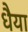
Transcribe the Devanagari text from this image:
धैया